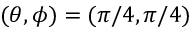
( \theta , \phi ) = ( \pi / 4 , \pi / 4 )